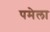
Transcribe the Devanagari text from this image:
पमेला